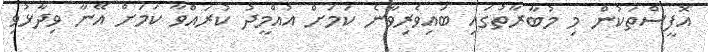
އޮފީސްތަކުން މި މުބާރާތުގައި ބައިވެރިވާނެ ކަމަށް އުއްމީދު ކުރައްވާ ކަމަށް އޭނާ ވިދާޅުވި